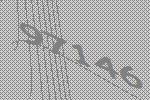
97146